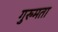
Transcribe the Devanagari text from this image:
गुरुमता